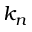
k _ { n }